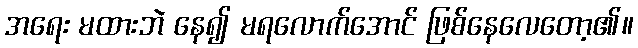
အရေး မထားဘဲ နေ၍ မရလောက်အောင် ဖြစ်နေလေတော့၏။